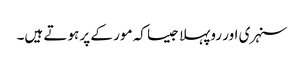
سنہری اور روپہلا جیسا کہ مور کے پر ہوتے ہیں۔